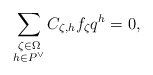
\begin{align*}\sum_{\substack{\zeta\in\Omega \\ h\in P^\vee}} C_{\zeta, h} f_\zeta q^h = 0,\end{align*}